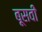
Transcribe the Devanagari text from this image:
बूसवीं